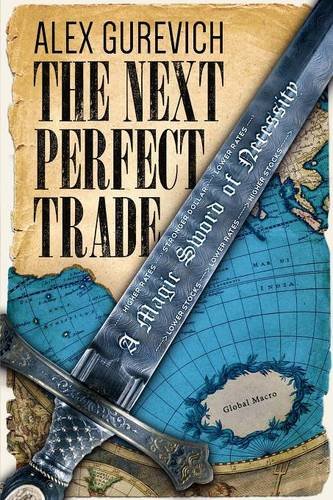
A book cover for The Next Perfect Trade: A Magic Sword of Necessity; Alex Gurevich; Business & Money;